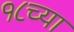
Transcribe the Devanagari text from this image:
१८च्या